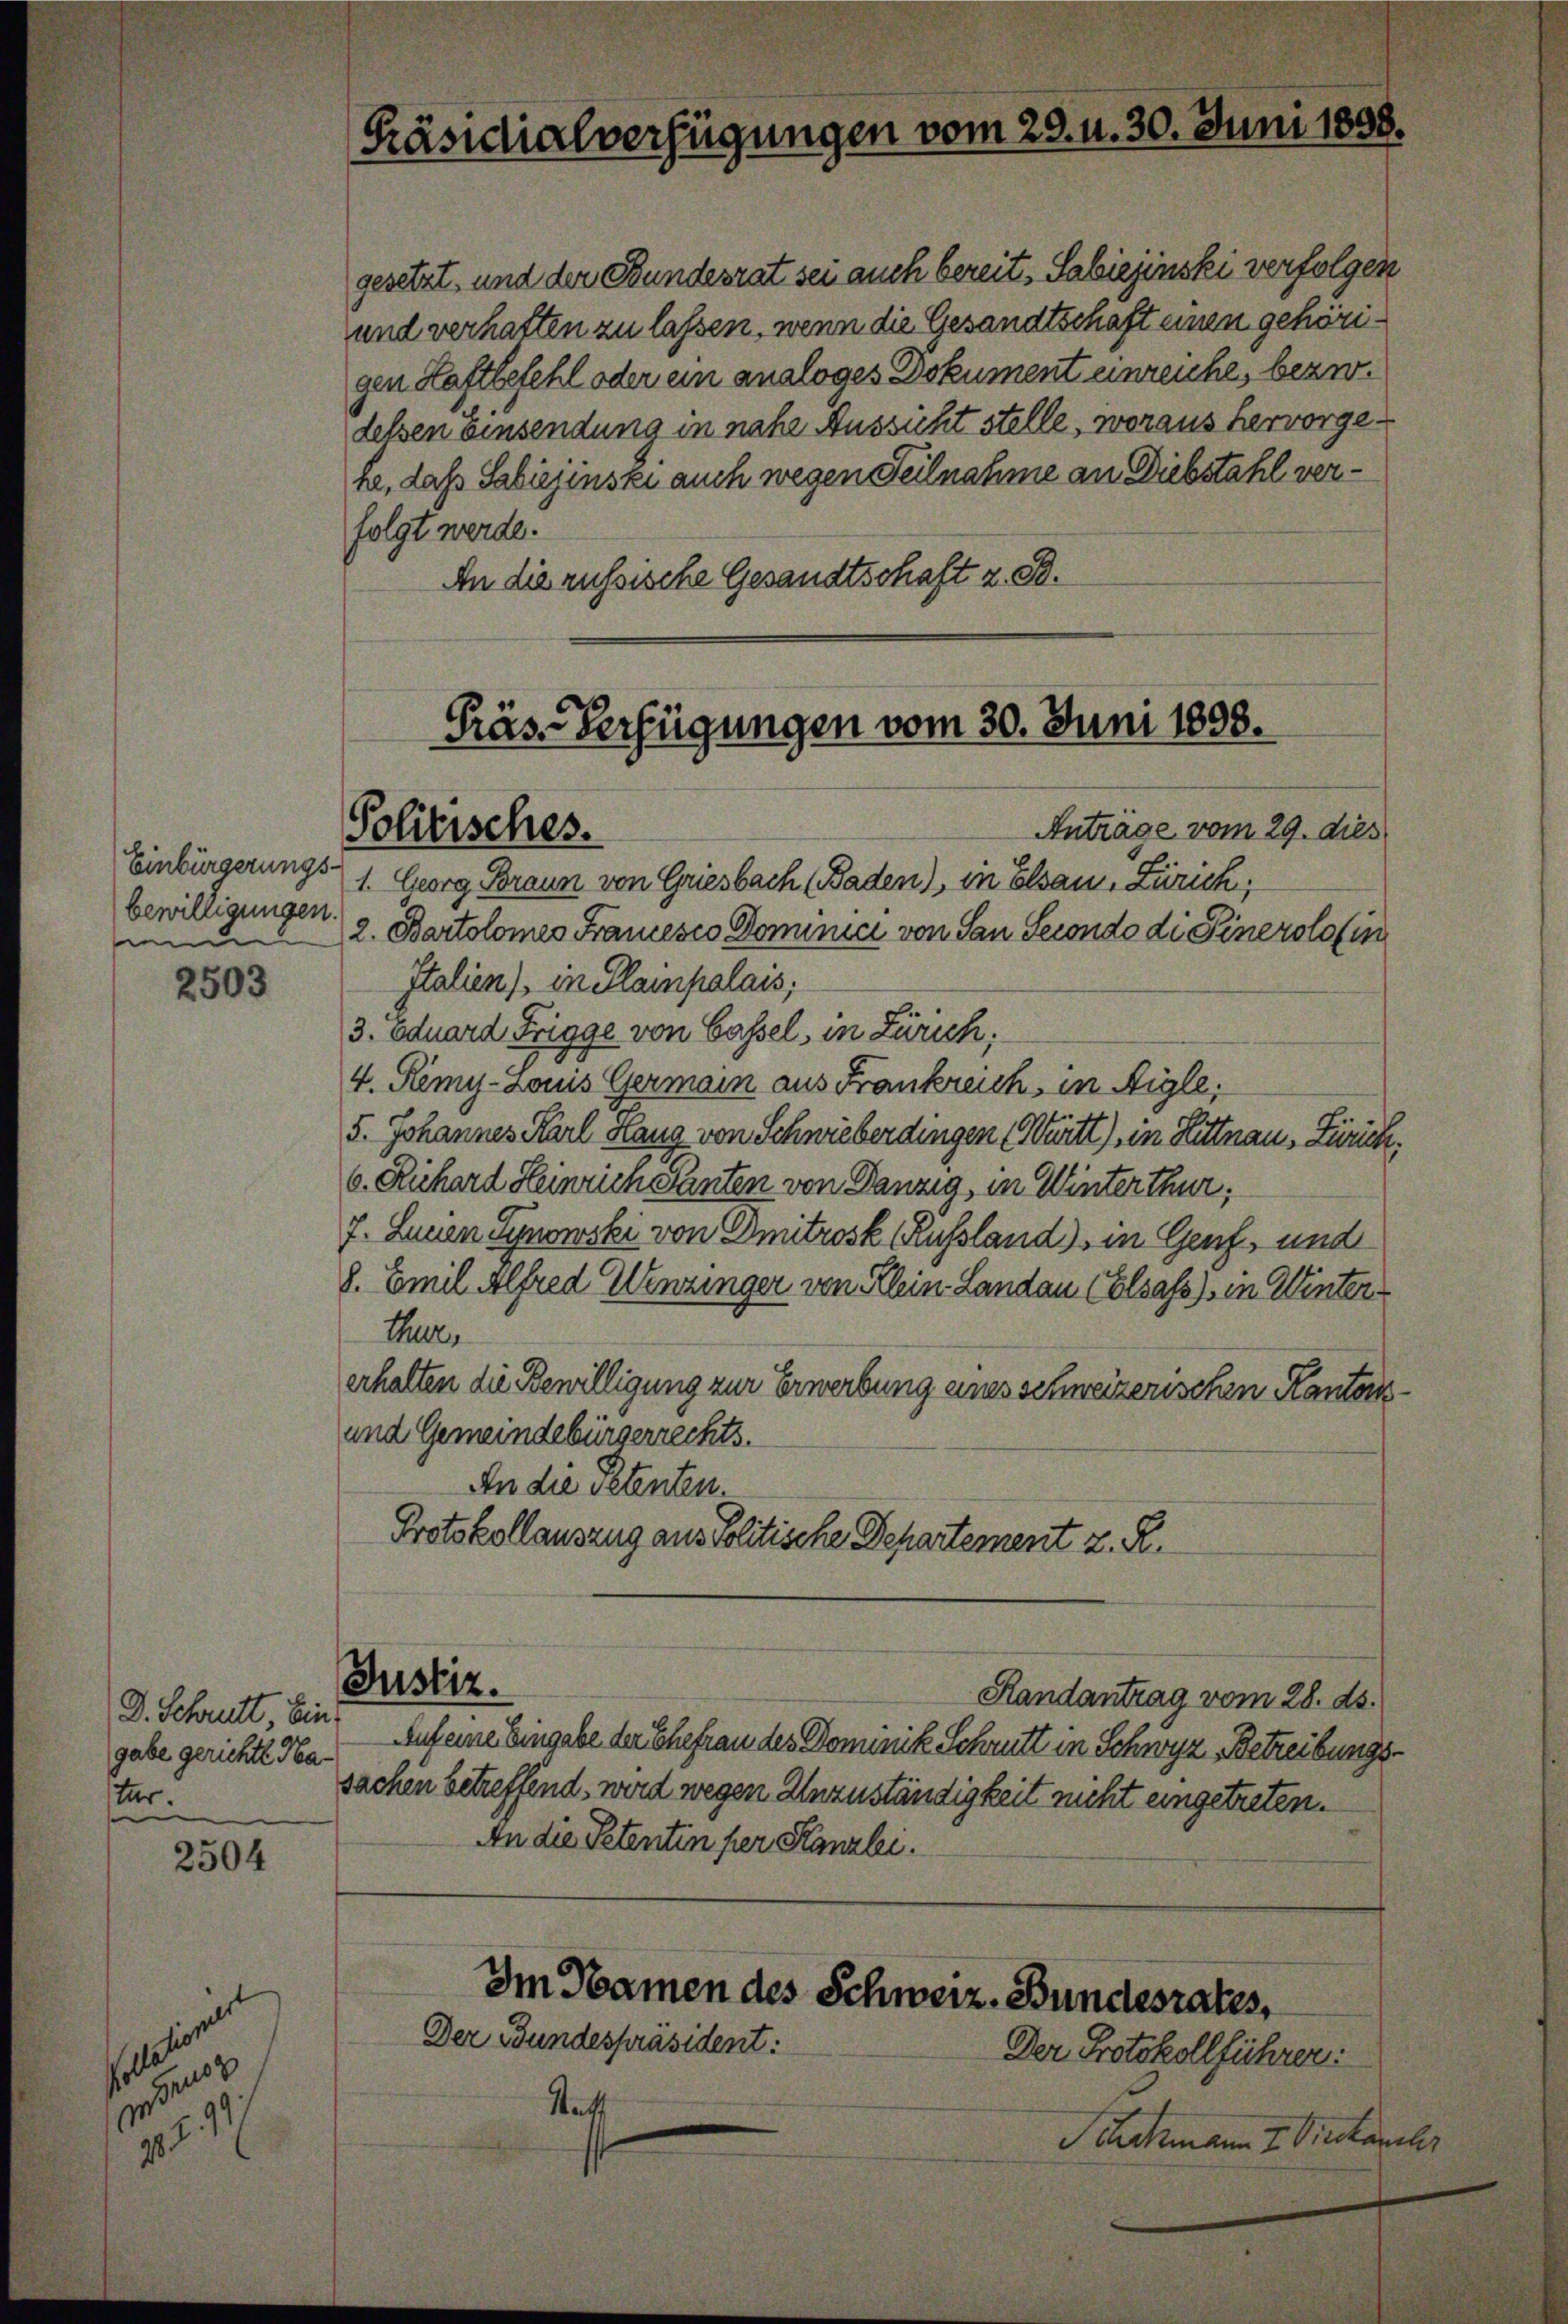
Einbürgerungs-
bewilligungen.
senden

2504

2503

D. Schritt, Eingabe gerichte Hatur.

Präsidialverfügungen vom 28. u. 30. Juni 1858.

gen Haftbefehl oder ein analoges Dokument einreiche, bezw.
delsen Einsendung in nahe Aussicht stelle, woraus hervorgehe, daß Sabiezenski auch wegen Teilnahme an Diebstahl verfolgt werde.
An die russische Gesandtschaft z. B.

gesetzt, und der Bundesrat sei auch bereits Sabiejinski verfolgen
und verhatten zu lassen, wenn die Gesandtschaft einen gehöri¬

Präs. Verfügungen vom 30. Juni 1898.
Anträge vom 29. dies
Politisches.

1. Georg Braun von Griesbach (Baden), in Elsau, Zürich,
2. Bartolomes Francesco Dominici von San Secondo di Pinerolo in
Italien), in Klampalais;
3. oduard Trigge von Cassel, in Zürich;
4. Remy-Louis Germain aus Frankreich, in Aigle,
5. Johannes Karl Hang von Schwieberdingen (Wertt) in Hittnau, Zürich,
6. Richard Heinrich Santen von Danzig, in Winterthur,
7. Lucien Synowski von Dritrosk Russland), in Genf, und
8. Emil Alfred Henzinger von Klein Landau Colsass, in Winter¬
Ther
erhalten die Bewilligung zur Erwerbung eines schweizerischen Kantons¬
und Gemeindebürgerrechts.
An die Petenten.
Protokollauszug aus Politische Departement z. R.
Justiz.
Randantrag vom 28. ds.
Auf eine Eingabe der Ehefrau des Dominik Schritt in Schwyz Betreibungssachen betreffend, wird wegen Unzuständigkeit nicht eingetreten.
An die Petentin per Kanzlei.

Im Namen des Schweiz. Bundesrates,
Der Bundespräsident:

Der Protokollführer:
Statt
Schckmann I. Diestanzler